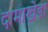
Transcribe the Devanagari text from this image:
दामाखेडा